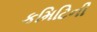
કમિટિની